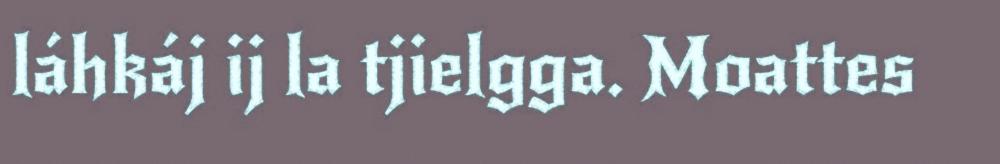
láhkáj ij la tjielgga. Moattes